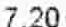
7.20